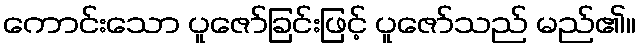
ကောင်းသော ပူဇော်ခြင်းဖြင့် ပူဇော်သည် မည်၏။